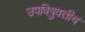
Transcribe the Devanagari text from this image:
उपविषुवतीय